Calcutta medical institutions reports 1879-81 [i.e.91]
Year: 1879
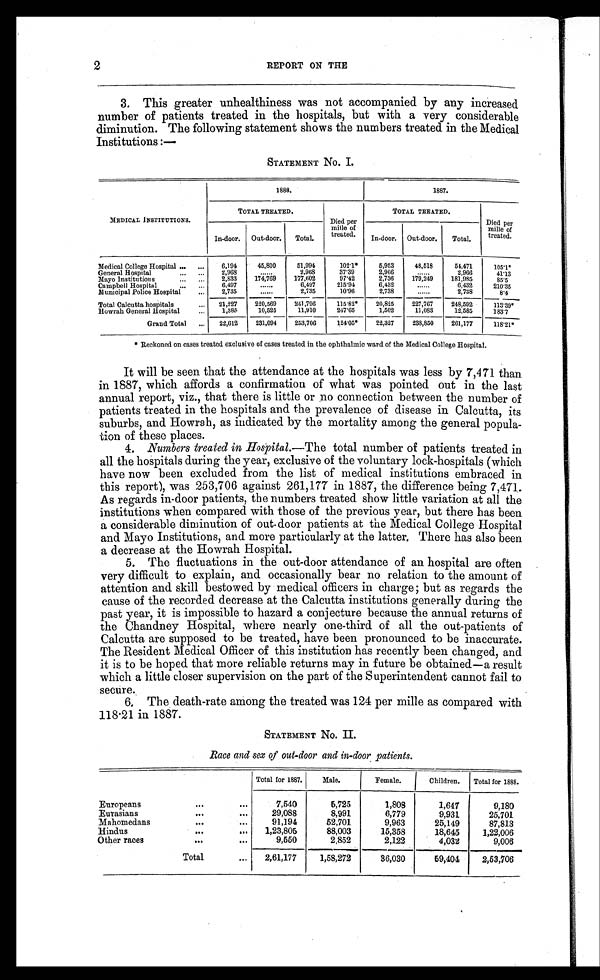
2
REPORT ON THE
3. This greater unhealthiness was not accompanied by any increased
number of patients treated in the hospitals, but with a very considerable
diminution. The following statement shows the numbers treated in the Medical
Institutions :—
STATEMENT No. I.
MEDICAL INSTITUTIONS.
1888.
1887.
TOTAL TREATED.
Died per
mille of
treated.
TOTAL TREATED.
Died per
mille of
treated.
In-door.
Out-door.
Total.
In-door.
Out-door.
Total.
Medical College Hospital ...
...
6,194
45,800
51,994
1021*
5,953
48,518
54,471
105.1*
General Hospital
2. 96
. . . .
2,968
37.39
2,966
. . .
2,966
41.1
Mayo Institutions
...
...
2,833
174,769
177,602
97.42
2,736
179,249
181,985
85.5
Campbell Hospital
...
. . . .
6,497
215'94
6,432
......
6,432
210.35
Municipal Police Hospital
...
2,735
......
2,735
10.96
2,738
......
2,738
8.4
Total Calcutta hospitals
...
21,227
220,569
241,796
115.82*
20,825
227,767
248,592
113.39*
Howrah General Hospital
...
1,385
10,525
11,910
247.65
1,502
11,083
12,585
183.7
Grand Total
...
22,612
231,094
253,706
124.05*
22,327
238,850
261,177
118.21*
* Reckoned on cases treated exclusive of cases treated in the ophthalmic ward of the Medical College Hospital.
•
It will be seen that the attendance at the hospitals was less by 7,471 than
in 1887, which affords a confirmation of what was pointed out in the last
annual report, viz., that there is little or no connection between the number of
patients treated in the hospitals and the prevalence of disease in Calcutta, its
suburbs, and Howrah, as indicated by the mortality among the general popula
- t i o n o f t h e s e p l a c e s .
4. Numbers treated in Hospital.— The total number of patients treated in
all the hospitals during the year, exclusive of the voluntary lock-hospitals (which
have now been excluded from the list of medical institutions embraced in
this report), was 253,706 against 261,177 in 1887, the difference being 7,471..
As regards in-door patients, the numbers treated show little variation at all the
institutions when compared with those of the previous year, but there has been
a considerable diminution of out- door patients at the Medical College Hospital
and Mayo Institutions, and more particularly at the latter. There has also been
a decrease at the Howrah Hospital.
5. The fluctuations in the out-door attendance of an hospital are often
very difficult to explain, and occasionally bear no relation to the amount of
attention and skill bestowed by medical officers in charge; but as regards the
cause of the recorded decrease at the Calcutta institutions generally during the
past year, it is impossible to hazard a conjecture because the annual returns of
the Chandney Hospital, where nearly one-third of all the out-patients of
Calcutta are supposed to be treated, have been pronounced to be inaccurate.
The Resident Medical Officer of this institution has recently been changed, and
it is to be hoped that more reliable returns may in future be obtained—a result
which a little closer supervision on the part of the Superintendent cannot fail to
secure.
6, The death-rate among the treated was 124 per mille as compared with
118 .21 in 1887.
STATEMENT No. II.
Race and sex of out-door and in-door patients.
Total for 1887.
Male.
Female.
Children.
Total for 1888.
Europeans
...
...
7,540
5,725
1,808
1,647
9,180
Eurasians
...
...
29,088
8,991
6,779
9,931
25,701
Mahomedans
... ...
91,194
52,701
9,963
25,149
87,813
Hindus
...
...
1,23,805
88,003
15,358
18,645
1,22,006
Other races
... ...
9,550
2,852
2,122
4,032
9,006
Total
...
2,61,177
1,58,272
36,030
59,404
2,53,706